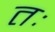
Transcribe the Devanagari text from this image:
तः